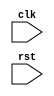
module usb_controller (
  input clk, // Clock signal
  input rst, // Reset signal

  // Add input/output ports as needed for controlling data transfer rates, handling data buffering,
  // handshaking signals, and synchronization mechanisms
);

  // Add Verilog code for handling timing requirements and synchronization of data transmission
  // over the USB bus

endmodule